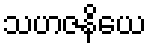
သဟဇနိယေ